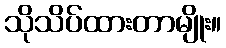
သိုသိပ်ထားတာမျိုး။